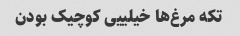
تکه مرغ‌ها خیلییی کوچیک بودن